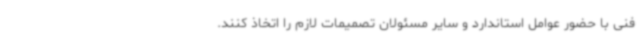
فنی با حضور عوامل استاندارد و سایر مسئولان تصمیمات لازم را اتخاذ کنند.